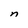
Character: n